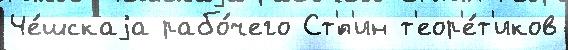
Че́шскаjа рабо́чего Ст'́п'ин т'еор'е́т'иков